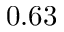
0 . 6 3